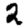
Digit: 2